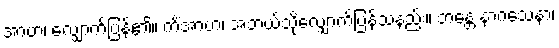
အာဟ၊ လျှောက်ပြန်၏။ ကိံအာဟ၊ အဘယ်သို့လျှောက်ပြန်သနည်း။ ဘန္တေ နာဂသေနာ၊